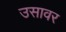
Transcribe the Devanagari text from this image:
उसावर